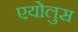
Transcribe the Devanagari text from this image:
एयोलुस